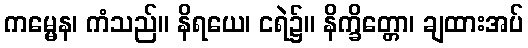
ကမ္မေန၊ ကံသည်။ နိရယေ၊ ငရဲ၌။ နိက္ခိတ္တော၊ ချထားအပ်